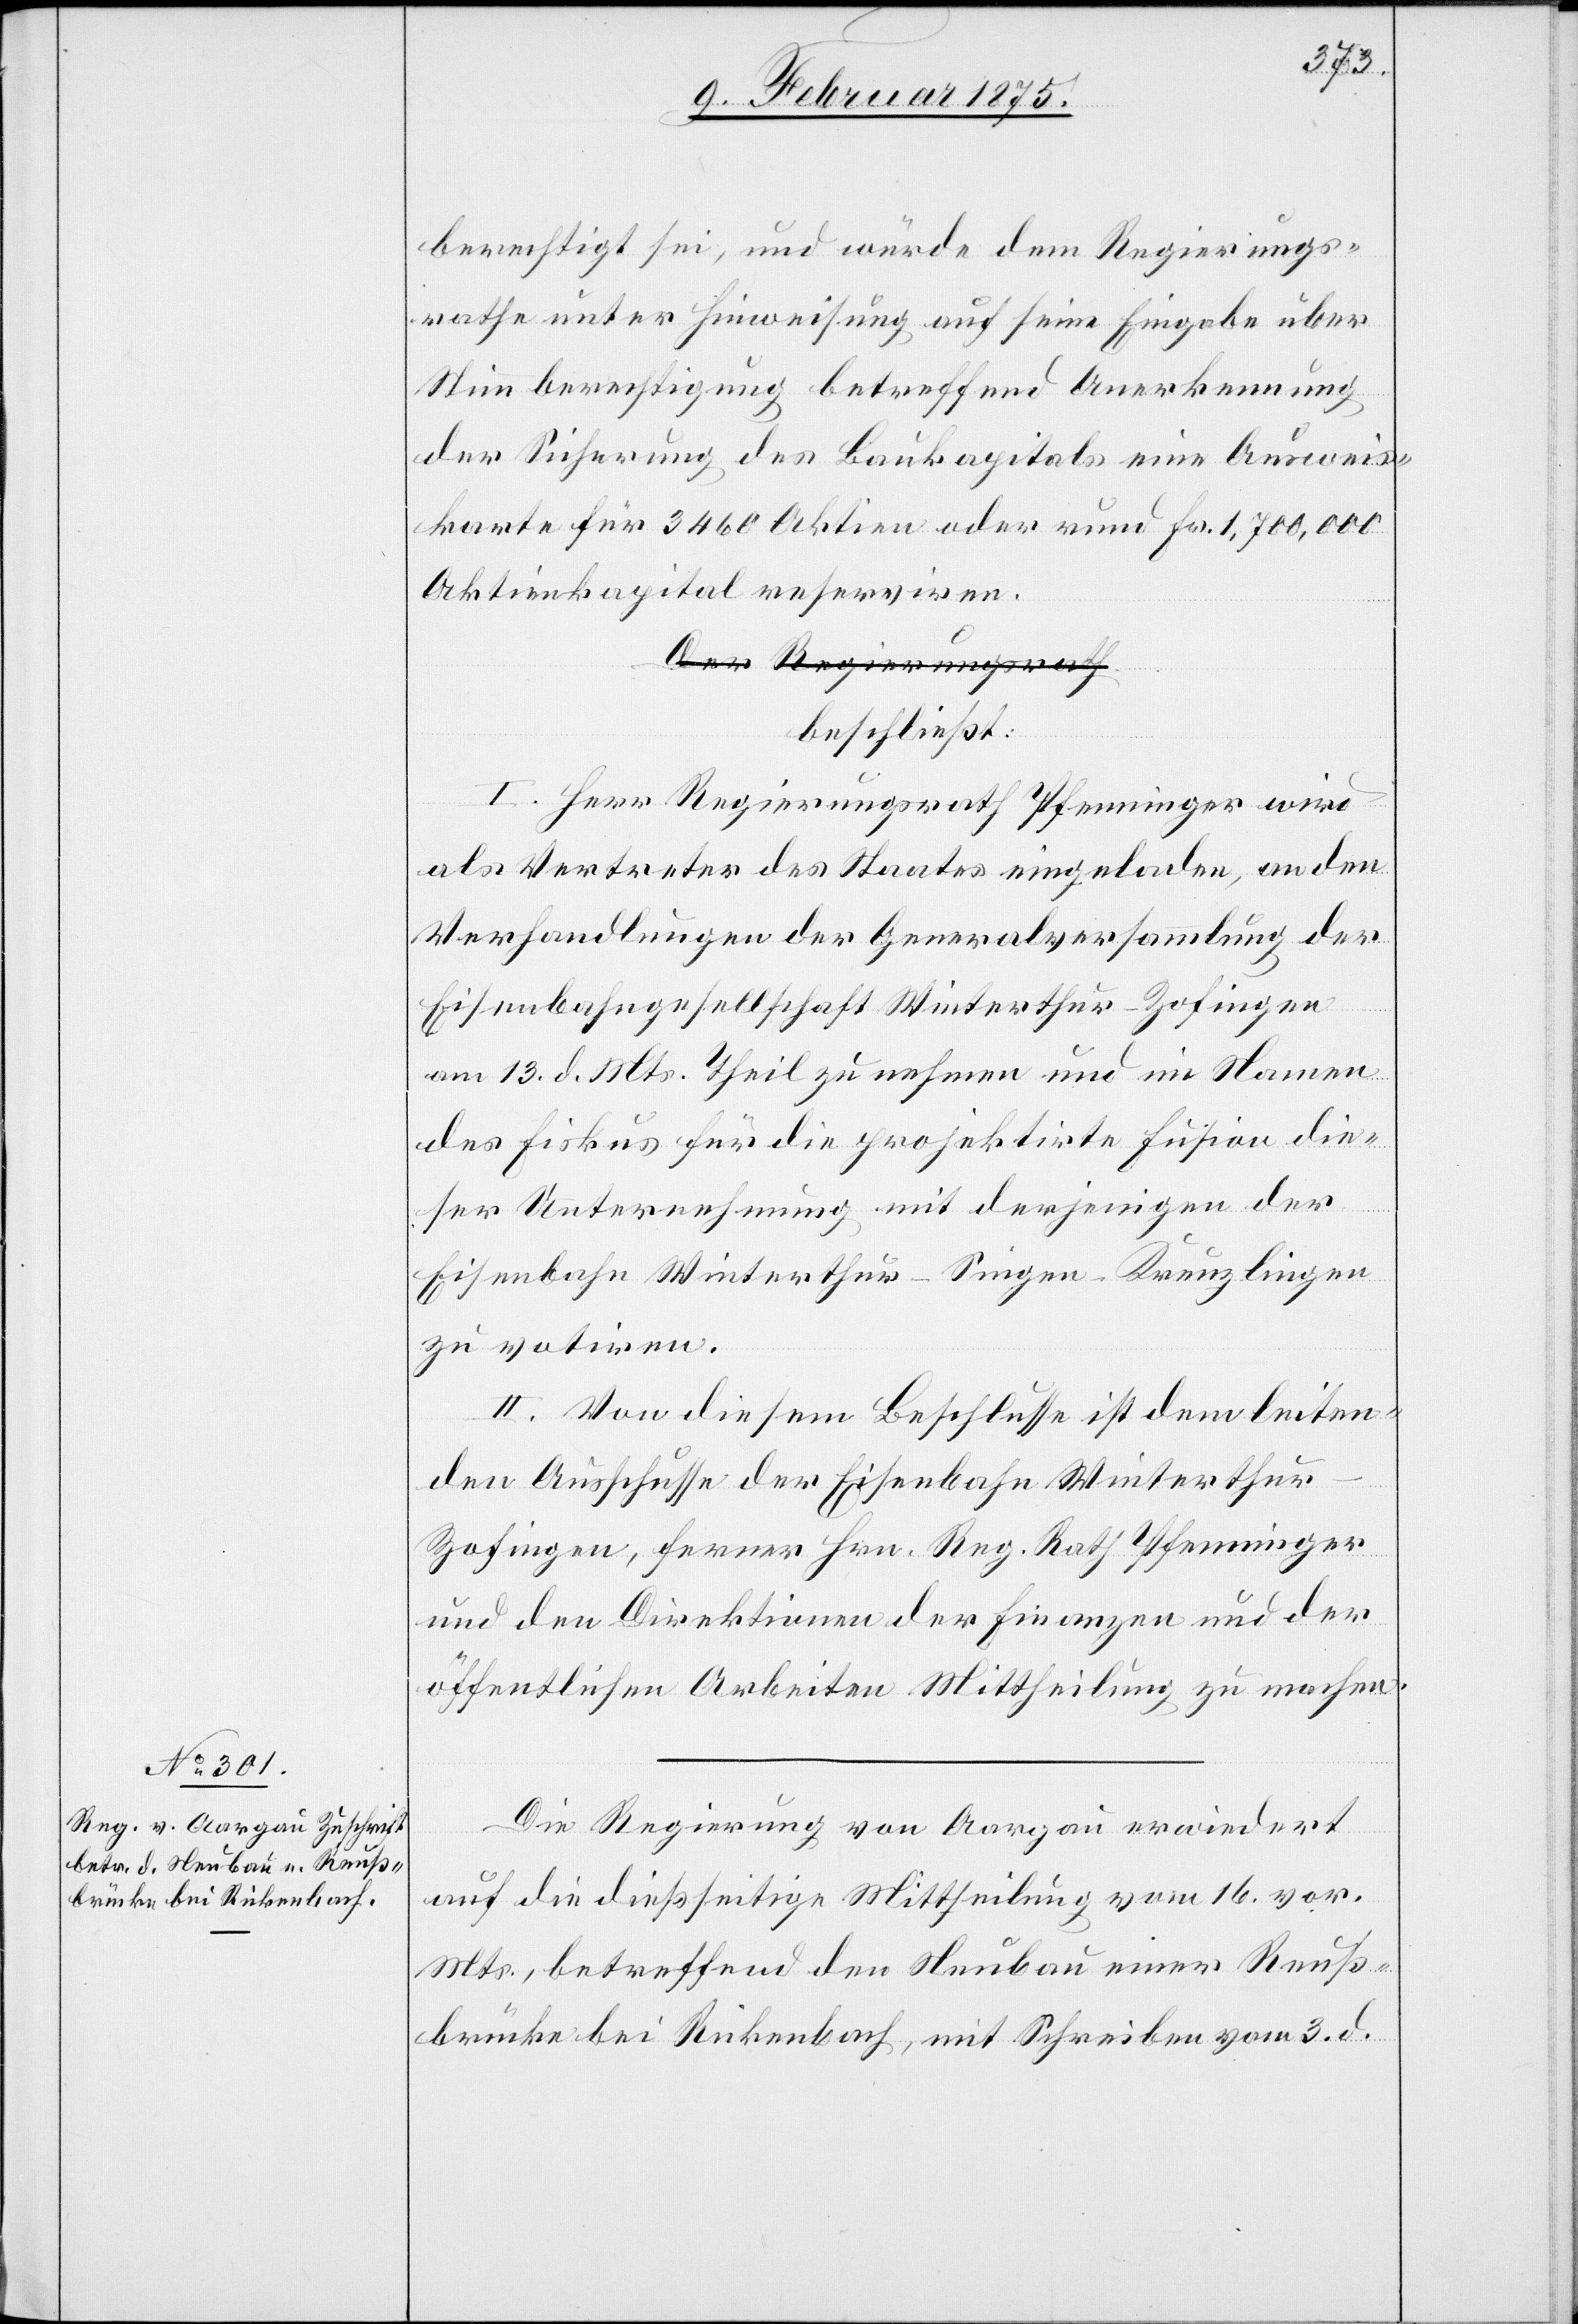
berechtigt sei, und würde dem Regierungs¬
rathe unter Hinweisung auf seine Eingabe über
Stimmberechtigung betreffend Anerkennung
der Sicherung des Baukapitals eine Ausweis¬
karte für 3460 Aktien oder rund Fr. 1,700,000
Aktienkapital reservieren.
a-Der Regierungsrath-a
beschließt:
I. Herr Regierungsrath Pfenninger wird
als Vertreter des Staates eingeladen, an den
Verhandlungen der Generalversammlung der
Eisenbahngesellschaft Winterthur-Zofingen
am 13. d. Mts. Theil zu nehmen und im Namen
des Fiskus für die projektirte Fusion die¬
ser Unternehmung mit derjenigen der
Eisenbahn Winterthur-Singen-Kreuzlingen
zu votiren.
II. Von diesem Beschlusse ist dem leiten¬
den Ausschusse der Eisenbahn Winterthur-Z¬
ofingen, ferner Hrn. Reg. Rath Pfenninger
und den Direktionen der Finanzen und der
öffentlichen Arbeiten Mittheilung zu machen.
Die Regierung von Aargau erwiedert
auf die dießseitige Mittheilung vom 16. vor.
Mts., betreffend den Neubau einer Reuß¬
brücke bei Rickenbach, mit Schreiben vom 3. d.